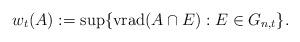
LaTeX: \begin{align*}w_t(A) := \sup \{{\rm vrad}(A\cap E): E\in G_{n,t}\}.\end{align*}